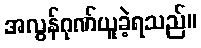
အလွန်ဂုဏ်ယူခဲ့ရသည်။